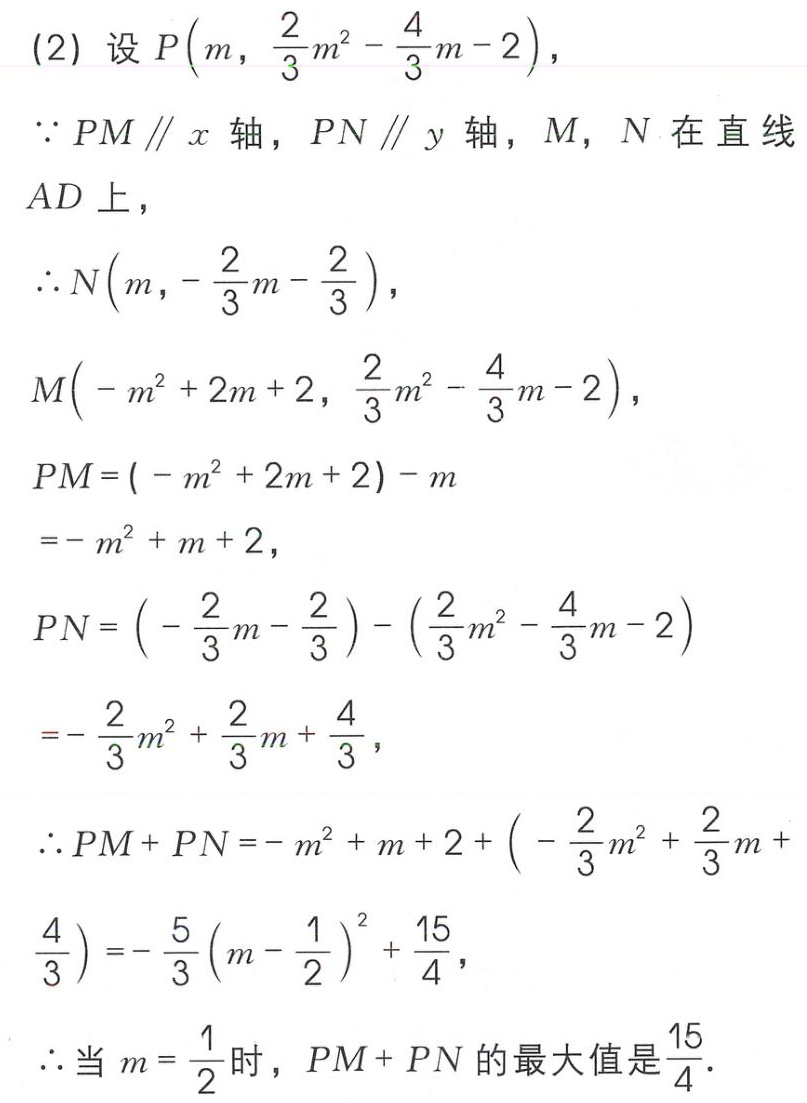
(2) 设 \(P\left(m,\frac{2}{3}m^{2}-\frac{4}{3}m - 2\right)\)，
\(\because PM\parallel x\) 轴，\(PN\parallel y\) 轴，\(M\)，\(N\) 在直线 \(AD\) 上，
\(\therefore N\left(m,-\frac{2}{3}m-\frac{2}{3}\right)\)，
\(M\left(-m^{2}+2m + 2,\frac{2}{3}m^{2}-\frac{4}{3}m - 2\right)\)，
\(PM=(-m^{2}+2m + 2)-m=-m^{2}+m + 2\)，
\(PN=\left(-\frac{2}{3}m-\frac{2}{3}\right)-\left(\frac{2}{3}m^{2}-\frac{4}{3}m - 2\right)=-\frac{2}{3}m^{2}+\frac{2}{3}m+\frac{4}{3}\)，
\(\therefore PM + PN=-m^{2}+m + 2+\left(-\frac{2}{3}m^{2}+\frac{2}{3}m+\frac{4}{3}\right)=-\frac{5}{3}\left(m-\frac{1}{2}\right)^{2}+\frac{15}{4}\)，
\(\therefore\) 当 \(m = \frac{1}{2}\) 时，\(PM + PN\) 的最大值是 \(\frac{15}{4}\)．